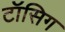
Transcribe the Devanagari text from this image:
टॉसिग